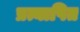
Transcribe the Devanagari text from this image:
प्रत्यापित